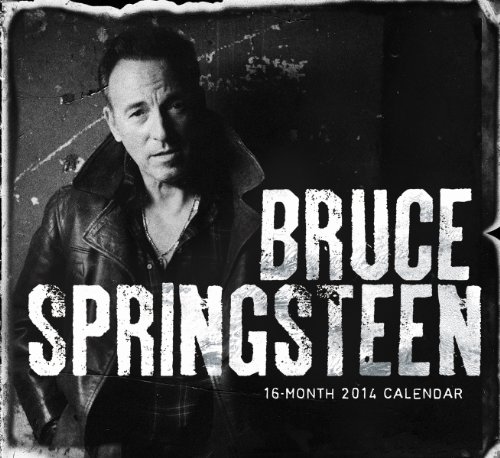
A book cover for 2014 Bruce Springsteen Wall Calendar; Live Nation; Calendars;